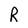
Character: R